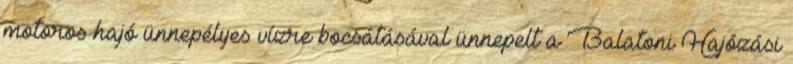
motoros hajó ünnepélyes vízre bocsátásával ünnepelt a Balatoni Hajózási